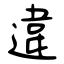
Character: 違